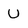
Character: U